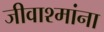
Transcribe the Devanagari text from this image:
जीवाश्मांना